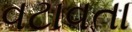
વટાવતા